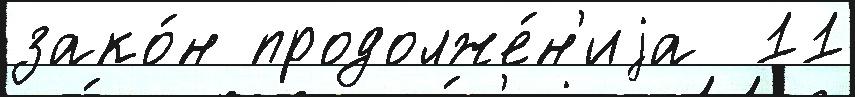
зако́н продолже́н'иjа  11